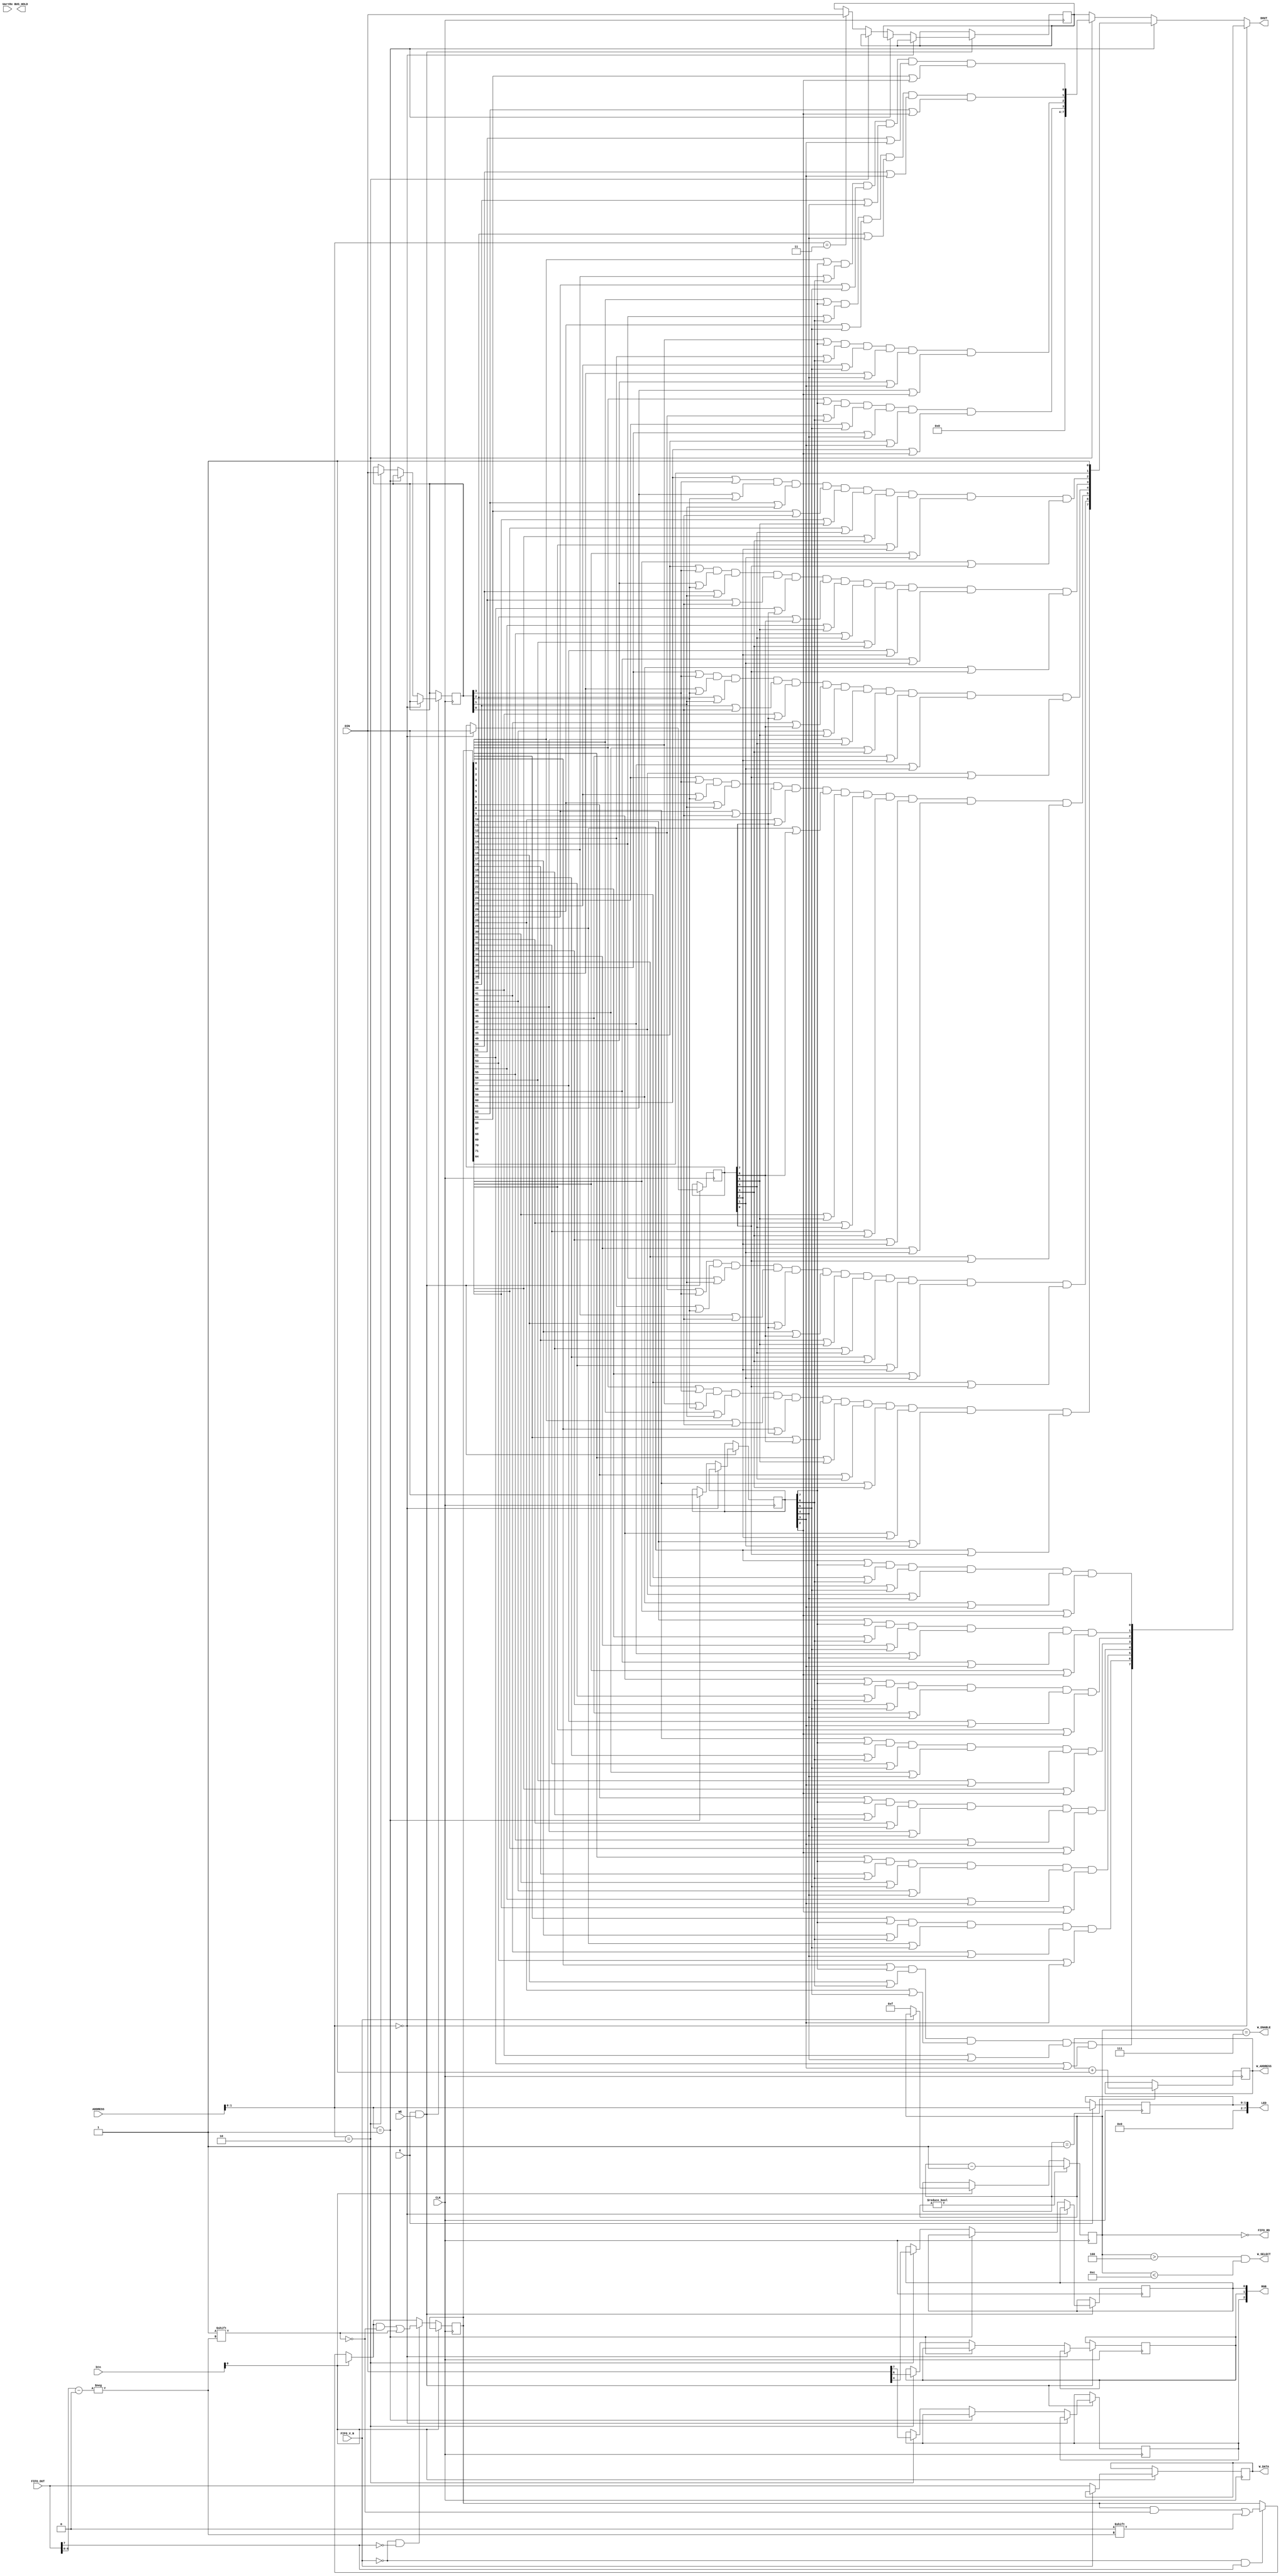
`timescale 1ns / 1ps
module io(
    input wire CLK,
    input wire [3:1] btn,
    
    input wire [7:0] FIFO_OUT,
    input wire FIFO_V_N,
    output wire FIFO_RD,
    
    input wire UartRx,
    
    input wire E,
    input wire WE,
    input wire [15:0] ADDRESS,
    input wire [7:0] DIN,
    output wire [7:0] LED,
    output wire [7:0] DOUT,
    output wire [2:0] RGB,
    output wire [15:0] W_ADDRESS,
    output wire [7:0] W_DATA,
    output wire W_SELECT,
    output wire W_ENABLE,
    output wire BUS_HOLD
    );

// keyoard
reg [71:0] keyboard;

// 8055 ports    
reg [7:0] PORT_A, PORT_B, PORT_C, PORT_CONTROL;

// RGB value    
reg R, G, B;    

// Address of reg    
wire [1:0] POS = ADDRESS[1:0];    
    
always @ (posedge CLK)
begin
  //LED <= {5'b0, btn};

  if (E == 1'b1 & WE == 1'b1) 
  begin
    if (POS == 2'b00) 
    begin
      PORT_A <= DIN;     
    end  
    else if (POS == 2'b01) 
    begin
      PORT_B <= DIN;     
    end    
    else if (POS == 2'b10) 
    begin
//      LED <= DIN;
      PORT_C <= DIN;
      R <= DIN[7];      
      G <= DIN[6];      
      B <= DIN[4];      
    end    
    else if (POS == 2'b11) 
    begin
      PORT_CONTROL <= DIN;     
    end    

  end
end    


assign RGB = {R, G, B};

// UART (from FIFO)
wire [7:0] uart_data = FIFO_OUT;
wire ready = ~FIFO_V_N;
/*uart uart_inst(
  .CLK(CLK),
  .RX(UartRx),
  .DATA(uart_data),
  .READY(ready)
);
*/

// commands
reg [15:0] write_address;
reg [7:0] write_data;
reg [3:0] write_cnt; 

always @ (posedge CLK)
begin
  if (btn[1] == 1'b0)
  begin

      // key press
      if (ready == 1'b1 && uart_data[7] == 1'b1)
      begin
        keyboard[uart_data[6:0]] <= 1'b0; 
      end 
      // key release
      if (ready == 1'b1 && uart_data[7] == 1'b0)
      begin
        keyboard[uart_data[6:0]] <= 1'b1; 
      end 

  end else begin
  
      // data
      if (ready == 1'b1)
      begin
        write_data <= uart_data;
        write_cnt <= 15; 
      end
  
  end
  
  if (write_cnt == 1)
    write_address <= write_address + 1; 
  
  if (write_cnt != 0)
    write_cnt <= write_cnt - 1; 
end

// keyboard matrix (key64 == HP)
wire PB7 = (keyboard[0] | PORT_C[3]) & (keyboard[1] | PORT_C[2]) & (keyboard[2] | PORT_C[1]) & (keyboard[3] | PORT_C[0]) &
           (keyboard[4] | PORT_A[7]) & (keyboard[5] | PORT_A[6]) & (keyboard[6] | PORT_A[5]) & (keyboard[7] | PORT_A[4]) & 
           (keyboard[8] | PORT_A[3]) & (keyboard[9] | PORT_A[2]) & (keyboard[10] | PORT_A[1]) & (keyboard[11] | PORT_A[0]);    
wire PB6 = (keyboard[12] | PORT_C[3]) & (keyboard[13] | PORT_C[2]) & (keyboard[14] | PORT_C[1]) & (keyboard[15] | PORT_C[0]) &
           (keyboard[16] | PORT_A[7]) & (keyboard[17] | PORT_A[6]) & (keyboard[18] | PORT_A[5]) & (keyboard[19] | PORT_A[4]) & 
           (keyboard[20] | PORT_A[3]) & (keyboard[21] | PORT_A[2]) & (keyboard[22] | PORT_A[1]) & (keyboard[23] | PORT_A[0]);    
wire PB5 = (keyboard[24] | PORT_C[3]) & (keyboard[25] | PORT_C[2]) & (keyboard[26] | PORT_C[1]) & (keyboard[27] | PORT_C[0]) &
           (keyboard[28] | PORT_A[7]) & (keyboard[29] | PORT_A[6]) & (keyboard[30] | PORT_A[5]) & (keyboard[31] | PORT_A[4]) & 
           (keyboard[32] | PORT_A[3]) & (keyboard[33] | PORT_A[2]) & (keyboard[34] | PORT_A[1]) & (keyboard[35] | PORT_A[0]);    
wire PB4 = (keyboard[36] | PORT_C[3]) & (keyboard[37] | PORT_C[2]) & (keyboard[38] | PORT_C[1]) & (keyboard[39] | PORT_C[0]) &
           (keyboard[40] | PORT_A[7]) & (keyboard[41] | PORT_A[6]) & (keyboard[42] | PORT_A[5]) & (keyboard[43] | PORT_A[4]) & 
           (keyboard[44] | PORT_A[3]) & (keyboard[45] | PORT_A[2]) & (keyboard[46] | PORT_A[1]) & (keyboard[47] | PORT_A[0]);    
wire PB3 = (keyboard[48] | PORT_C[3]) & (keyboard[49] | PORT_C[2]) & (keyboard[50] | PORT_C[1]) & (keyboard[51] | PORT_C[0]) &
           (keyboard[52] | PORT_A[7]) & (keyboard[53] | PORT_A[6]) & (keyboard[54] | PORT_A[5]) & (keyboard[55] | PORT_A[4]) & 
           (keyboard[56] | PORT_A[3]) & (keyboard[57] | PORT_A[2]) & (keyboard[58] | PORT_A[1]) & (keyboard[59] | PORT_A[0]);    
wire PB2 = (keyboard[60] | PORT_C[3]) & (keyboard[61] | PORT_C[2]) & (keyboard[62] | PORT_C[1]) & (keyboard[63] | PORT_C[0]) &
           /* (keyboard[64] | PORT_A[7]) & (keyboard[65] | PORT_A[6]) & */ (keyboard[66] | PORT_A[5]) & (keyboard[67] | PORT_A[4]) & 
           (keyboard[68] | PORT_A[3]) & (keyboard[69] | PORT_A[2]) & (keyboard[70] | PORT_A[1]) & (keyboard[71] | PORT_A[0]);    

wire PA0 = (keyboard[11] | PORT_B[7]) & (keyboard[23] | PORT_B[6]) & (keyboard[35] | PORT_B[5]) & (keyboard[47] | PORT_B[4]) & (keyboard[59] | PORT_B[3]) & (keyboard[71] | PORT_B[2]); 
wire PA1 = (keyboard[10] | PORT_B[7]) & (keyboard[22] | PORT_B[6]) & (keyboard[34] | PORT_B[5]) & (keyboard[46] | PORT_B[4]) & (keyboard[58] | PORT_B[3]) & (keyboard[70] | PORT_B[2]); 
wire PA2 = (keyboard[9] | PORT_B[7]) & (keyboard[21] | PORT_B[6]) & (keyboard[33] | PORT_B[5]) & (keyboard[45] | PORT_B[4]) & (keyboard[57] | PORT_B[3]) & (keyboard[69] | PORT_B[2]); 
wire PA3 = (keyboard[8] | PORT_B[7]) & (keyboard[20] | PORT_B[6]) & (keyboard[32] | PORT_B[5]) & (keyboard[44] | PORT_B[4]) & (keyboard[56] | PORT_B[3]) & (keyboard[68] | PORT_B[2]); 
wire PA4 = (keyboard[7] | PORT_B[7]) & (keyboard[19] | PORT_B[6]) & (keyboard[31] | PORT_B[5]) & (keyboard[43] | PORT_B[4]) & (keyboard[55] | PORT_B[3]) & (keyboard[67] | PORT_B[2]); 
wire PA5 = (keyboard[6] | PORT_B[7]) & (keyboard[18] | PORT_B[6]) & (keyboard[30] | PORT_B[5]) & (keyboard[42] | PORT_B[4]) & (keyboard[54] | PORT_B[3]) & (keyboard[66] | PORT_B[2]); 
wire PA6 = (keyboard[5] | PORT_B[7]) & (keyboard[17] | PORT_B[6]) & (keyboard[29] | PORT_B[5]) & (keyboard[41] | PORT_B[4]) & (keyboard[53] | PORT_B[3])/* & (keyboard[65] | PORT_B[2])*/; 
wire PA7 = (keyboard[4] | PORT_B[7]) & (keyboard[16] | PORT_B[6]) & (keyboard[28] | PORT_B[5]) & (keyboard[40] | PORT_B[4]) & (keyboard[52] | PORT_B[3])/* & (keyboard[64] | PORT_B[2])*/; 
wire PC0 = (keyboard[3] | PORT_B[7]) & (keyboard[15] | PORT_B[6]) & (keyboard[27] | PORT_B[5]) & (keyboard[39] | PORT_B[4]) & (keyboard[51] | PORT_B[3]) & (keyboard[63] | PORT_B[2]); 
wire PC1 = (keyboard[2] | PORT_B[7]) & (keyboard[14] | PORT_B[6]) & (keyboard[26] | PORT_B[5]) & (keyboard[38] | PORT_B[4]) & (keyboard[50] | PORT_B[3]) & (keyboard[62] | PORT_B[2]); 
wire PC2 = (keyboard[1] | PORT_B[7]) & (keyboard[13] | PORT_B[6]) & (keyboard[25] | PORT_B[5]) & (keyboard[37] | PORT_B[4]) & (keyboard[49] | PORT_B[3]) & (keyboard[61] | PORT_B[2]); 
wire PC3 = (keyboard[0] | PORT_B[7]) & (keyboard[12] | PORT_B[6]) & (keyboard[24] | PORT_B[5]) & (keyboard[36] | PORT_B[4]) & (keyboard[48] | PORT_B[3]) & (keyboard[60] | PORT_B[2]); 

wire [7:0] PA = {PA7, PA6, PA5, PA4, PA3, PA2, PA1, PA0};
wire [7:0] PB = {PB7, PB6, PB5, PB4, PB3, PB2, keyboard[64], 1'b1}; 
wire [7:0] PC = {4'b0000, PC3, PC2, PC1, PC0};

assign DOUT = (POS == 0) ? PA : ((POS == 1) ? PB : ((POS == 2) ? PC : PORT_CONTROL));
assign W_ADDRESS = write_address;
assign W_DATA = write_data;
assign W_SELECT = write_cnt > 4 & write_cnt < 12; // [3-14]
assign W_ENABLE = write_cnt == 7; 
assign FIFO_RD = write_cnt == 0;

//assign LED = data_16[7:0]; // {7'h0, UartRx};

reg [1:0] pos;
always @ (posedge CLK)
begin
  if (E == 1'b1)
    pos <= ADDRESS[1:0];
end

assign LED = {6'h0, pos};


initial
begin
  write_address <= 16'hFfff;
  keyboard <= 72'hFFFFFFFFFFFFFFFFFF;
end
    
endmodule